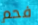
فحم